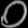
Digit: ၀